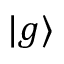
| g \rangle